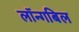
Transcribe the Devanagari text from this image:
लॉन्गबिल